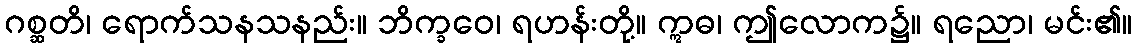
ဂစ္ဆတိ၊ ရောက်သနသနည်း။ ဘိက္ခဝေ၊ ရဟန်းတို့။ ဣဓ၊ ဤလောက၌။ ရညော၊ မင်း၏။